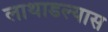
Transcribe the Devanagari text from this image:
लाथाडल्यास